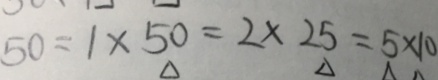
5 0 = 1 \times 5 0 = 2 \times 2 5 = 5 \times 1 0